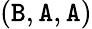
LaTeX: (\mathtt{B},\mathtt{A},\mathtt{A})